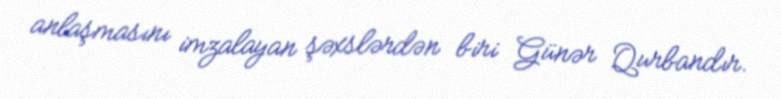
anlaşmasını imzalayan şəxslərdən biri Günər Qurbandır.